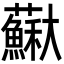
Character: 𡚡